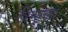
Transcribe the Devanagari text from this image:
विष्णूसह